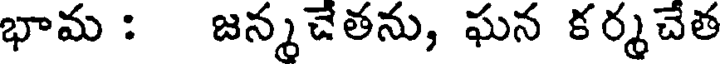
భామ : జన్మచేతను, ఘన కర్మచేత